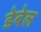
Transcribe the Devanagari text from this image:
डेबेल